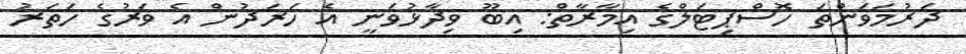
ދަރުމަވަންތަ ހޮސްޕިޓަލްގެ އިމާރާތް: އިބޫ ވިދާޅުވަނީ އެ ހަރަދުން އެ ވަރުގެ ހަތަރު